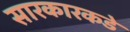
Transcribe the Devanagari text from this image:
सारकारकडे